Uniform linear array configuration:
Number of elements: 16
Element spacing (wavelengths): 0.25
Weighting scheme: cosine
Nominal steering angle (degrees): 60
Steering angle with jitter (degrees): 58.983
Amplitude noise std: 0.05
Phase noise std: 0.05

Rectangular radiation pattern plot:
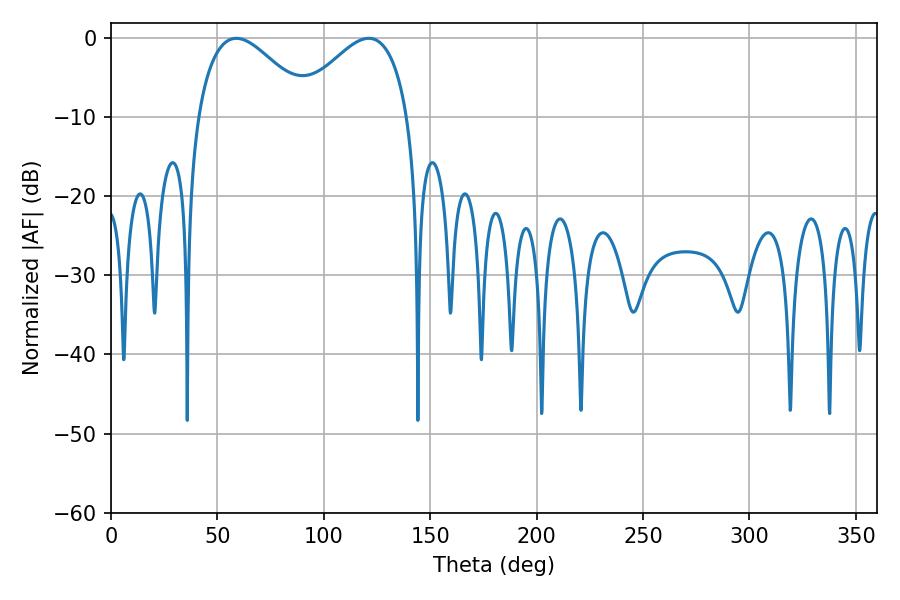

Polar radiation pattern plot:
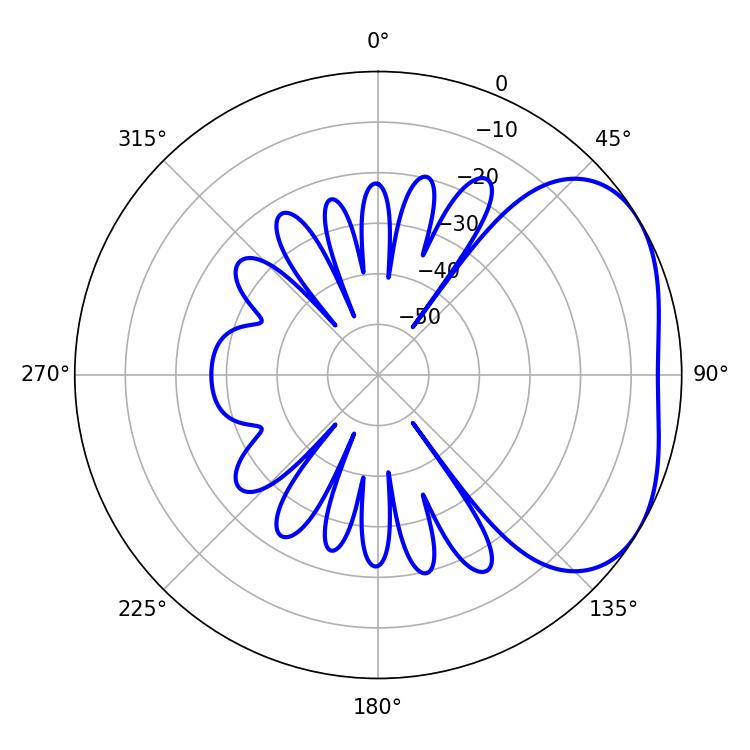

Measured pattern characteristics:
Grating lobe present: FALSE
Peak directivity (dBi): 3.312
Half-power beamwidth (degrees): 28.98
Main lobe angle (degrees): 58.86